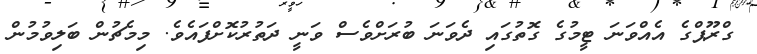
ގްރޫޕްގެ އެއްވަނަ ޓީމުގެ ގޮތުގައި ދެވަނަ ބުރަށްވެސް ވަނީ ދަތުރުކޮށްފައެވެ. މިމެޗުން ބަލިވުމުން